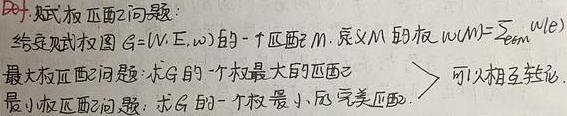
定义. 赋权匹配问题：
给定赋权图 \(G=(V, E, w)\) 的一个匹配 \(M\)，定义 \(M\) 的权 \(w(M)=\sum_{e \in M} w(e)\)
最大权匹配问题：求 \(G\) 的一个权最大的匹配 \(M\)
最小权匹配问题：求 \(G\) 的一个权最小的完美匹配. 可以相互转化.